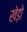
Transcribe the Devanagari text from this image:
खेड़ो